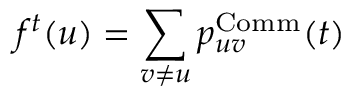
f ^ { t } ( u ) = \sum _ { v \ne u } p _ { u v } ^ { \operatorname { C o m m } } ( t )